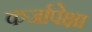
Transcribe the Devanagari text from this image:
कर्जापेक्षा